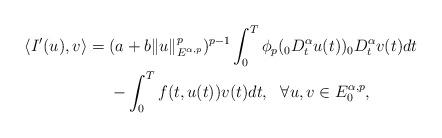
LaTeX: \begin{align*}\langle I'(u),v\rangle&=(a+b\|u\|_{E^{\alpha,p}}^p)^{p-1}\int_0^T\phi_p({_0D_t^\alpha}u(t)){_0D_t^\alpha}v(t)dt\\&\ \ \ \ -\int_0^Tf(t,u(t))v(t)dt,\ \ \forall u,v\in E_0^{\alpha,p},\end{align*}